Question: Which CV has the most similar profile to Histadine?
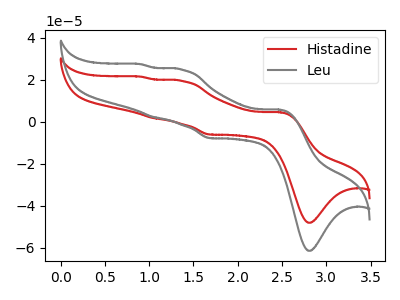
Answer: <think>The red curve "Histadine" has anodic peaks at (2.50V, 4.40uA) (1.35V, 19.35uA) (1.05V, 1.65uA) (0.90V, 21.40uA) and cathodic peaks at (2.80V, -48.15uA) (1.70V, -6.15uA). The gray curve "Leu" has anodic peaks at (2.50V, 5.65uA) (1.35V, 24.70uA) (1.05V, 2.10uA) (0.90V, 27.30uA) and cathodic peaks at (2.80V, -61.45uA) (1.70V, -7.85uA).
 All the peaks in "Histadine" have a peak in "Leu" at the same potential. Every peak in "Histadine" is lower than every peak in "Leu".</think>
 <answer>The CV with the most similar shape to "Leu" is "Histadine".</answer>
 <eval>"Histadine"</eval>